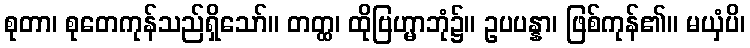
စုတာ၊ စုတေကုန်သည်ရှိသော်။ တတ္ထ၊ ထိုဗြဟ္မာဘုံ၌။ ဥပပန္နာ၊ ဖြစ်ကုန်၏။ မယှံပိ၊